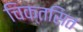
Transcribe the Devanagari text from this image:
चिक्तसित